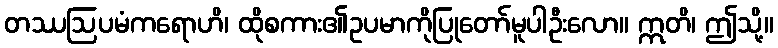
တဿဩပမံကရောဟိ၊ ထိုစကား၏ဥပမာကိုပြုတော်မူပါဦးလော။ ဣတိ၊ ဤသို့။